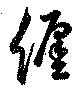
纏